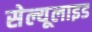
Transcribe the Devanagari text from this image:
सेल्यूलाइड